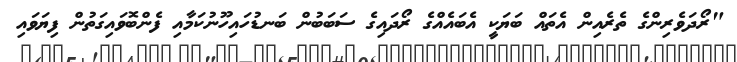
"ރޯދަވެރިންގެ ތެރެއިން އެތައް ބަޔަކީ އެބައެއްގެ ރޯދައިގެ ސަބަބުން ބަނޑުހައިހޫނުކަމާއި ފެންބޮވައިގަތުން ފިޔަވައި